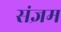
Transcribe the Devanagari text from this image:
संज्ञम